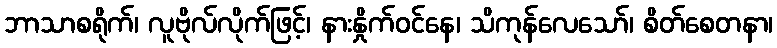
ဘာသာစရိုက်၊ လူဗိုလ်လိုက်ဖြင့်၊ နားနှိုက်ဝင်နေ၊ သိကုန်လေသော်၊ စိတ်စေတနာ၊